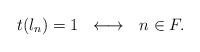
LaTeX: \begin{align*}t(l_n)=1\ \ \longleftrightarrow\ \ n\in F.\end{align*}